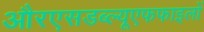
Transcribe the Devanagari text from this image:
औरएसडब्ल्यूएफफाइलों